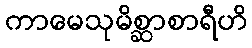
ကာမေသုမိစ္ဆာစာရီဟိ